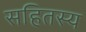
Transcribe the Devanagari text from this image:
सहितस्य